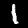
Label: 1